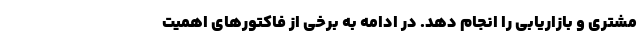
مشتری و بازاریابی را انجام دهد. در ادامه به برخی از فاکتورهای اهمیت